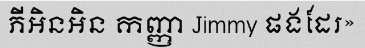
ភីអិនអិន កញ្ញា Jimmy ផងដែរ»